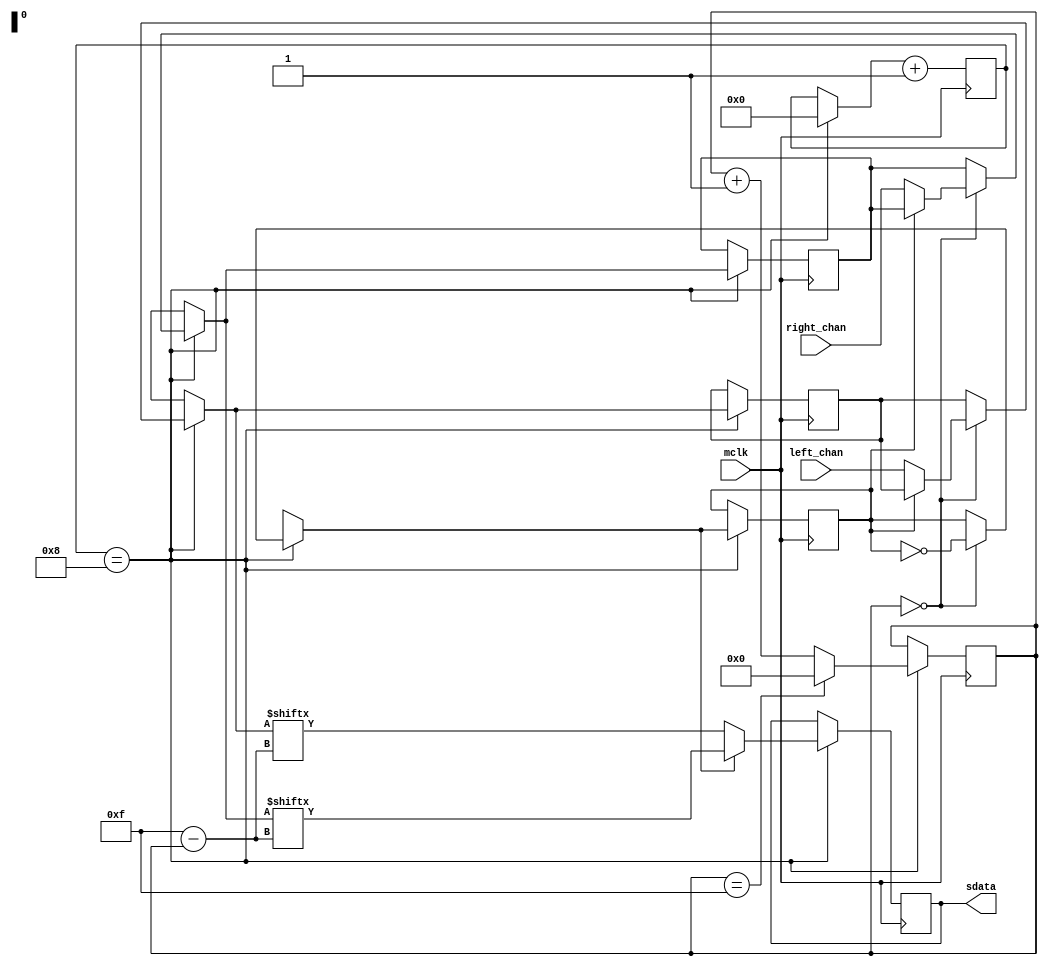
/*
 * Redistribution and use in source and non-source forms, with or without
 * modification, are permitted provided that the following conditions are met:
 *     * Redistributions of source code must retain the above copyright
 *       notice, this list of conditions and the following disclaimer.
 *     * Redistributions in non-source form must reproduce the above copyright
 *       notice, this list of conditions and the following disclaimer in the
 *       documentation and/or other materials provided with the distribution.
 *
 * THIS WORK IS PROVIDED BY THE COPYRIGHT HOLDERS AND CONTRIBUTORS "AS IS"
 * AND ANY EXPRESS OR IMPLIED WARRANTIES, INCLUDING, BUT NOT LIMITED TO,
 * THE IMPLIED WARRANTIES OF MERCHANTABILITY AND FITNESS FOR A PARTICULAR
 * PURPOSE ARE DISCLAIMED. IN NO EVENT SHALL THE COPYRIGHT HOLDER OR
 * CONTRIBUTORS BE LIABLE FOR ANY DIRECT, INDIRECT, INCIDENTAL, SPECIAL,
 * EXEMPLARY, OR CONSEQUENTIAL DAMAGES (INCLUDING, BUT NOT LIMITED TO,
 * PROCUREMENT OF SUBSTITUTE GOODS OR SERVICES;
 * LOSS OF USE, DATA, OR PROFITS; OR BUSINESS INTERRUPTION) HOWEVER CAUSED AND
 * ON ANY THEORY OF LIABILITY, WHETHER IN CONTRACT, STRICT LIABILITY, OR TORT
 * (INCLUDING NEGLIGENCE OR OTHERWISE) ARISING IN ANY WAY OUT OF THE USE OF THIS
 * WORK, EVEN IF ADVISED OF THE POSSIBILITY OF SUCH DAMAGE.
 *
 * Modified by JUIXXXE Sept. 2015
 * Modified by JUIXXXE Jan. 2016
 * Modified by D.Anderson Nov. 2018
 */
 `timescale 1ns / 1ps
`define CHANNELDEPTH 16
`define logCHANNELDEPTH 4
module i2s_tx(
    input            mclk,
    output reg        sdata = 1'b0,
    input signed [`CHANNELDEPTH-1:0]    left_chan, 
    input signed [`CHANNELDEPTH-1:0]    right_chan
);
reg lrclk_delayed = 1'b1;
reg [`logCHANNELDEPTH-1:0] bit_cnt = `logCHANNELDEPTH'b0;
reg signed [`CHANNELDEPTH-1:0]        left;
reg signed [`CHANNELDEPTH-1:0]        right;
reg [4:0] mclk_count = 4'b0;
    
always @(posedge mclk) begin
    //i2s requires the signal be delayed by one bclk cycle from the lr switch
    if(mclk_count == 8) begin
        mclk_count = 0;
        if (bit_cnt == `logCHANNELDEPTH'b0) begin
            lrclk_delayed = ~lrclk_delayed;
            //read in channels at beginning of lr cycle
            if(lrclk_delayed) begin
                left = left_chan;
                right = right_chan;
            end
        end
   
       //assign proper chanel to sdata
        sdata = lrclk_delayed ? right[`CHANNELDEPTH-1 - bit_cnt] : left[`CHANNELDEPTH-1 - bit_cnt];
        //increment bit count
        if(bit_cnt == `logCHANNELDEPTH'b1111)
            bit_cnt = `logCHANNELDEPTH'b0;
        else
            bit_cnt = bit_cnt + 1;
    end
    mclk_count = mclk_count + 1;
end
endmodule